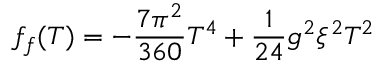
f _ { f } ( T ) = - \frac { 7 \pi ^ { 2 } } { 3 6 0 } T ^ { 4 } + \frac { 1 } { 2 4 } g ^ { 2 } \xi ^ { 2 } T ^ { 2 }